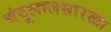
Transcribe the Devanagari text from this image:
चंदूलालसारखा